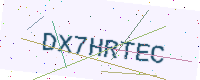
Text: DX7HRTEC